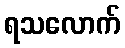
ရသလောက်